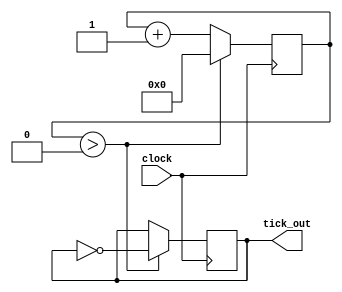
module Subclock(
    input wire clock,
    output wire tick_out
    );

parameter FREQUENCY = 50_000_000;
parameter CLOCK_FREQUENCY = 50_000_00;

// The subclock will cycle *twice* per CLOCKS_PER_TICK (low, then hi).
localparam TRIP = CLOCK_FREQUENCY / FREQUENCY / 2;

reg [31:0] counter = 0;
reg tick = 0;

always @(posedge clock) begin
    counter <= counter + 1;
    if(counter > TRIP) begin
        counter <= 0;
        tick = ~tick;
        end
    end

assign tick_out = tick;
endmodule